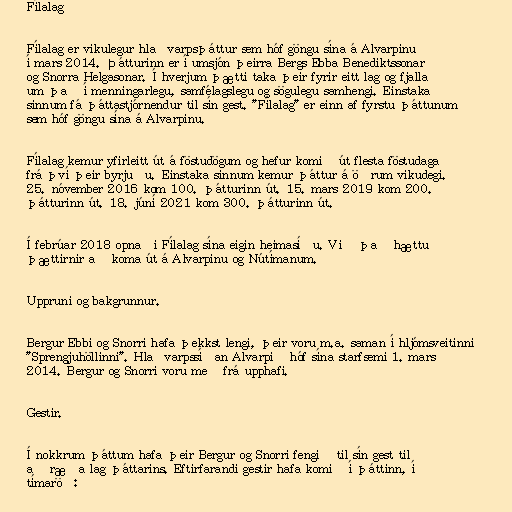
Fílalag

Fílalag er vikulegur hlaðvarpsþáttur sem hóf göngu sína á Alvarpinu
í mars 2014. Þátturinn er í umsjón þeirra Bergs Ebba Benediktssonar
og Snorra Helgasonar. Í hverjum þætti taka þeir fyrir eitt lag og fjalla
um það í menningarlegu, samfélagslegu og sögulegu samhengi. Einstaka
sinnum fá þáttastjórnendur til sín gest. "Fílalag" er einn af fyrstu þáttunum
sem hóf göngu sína á Alvarpinu.

Fílalag kemur yfirleitt út á föstudögum og hefur komið út flesta föstudaga
frá því þeir byrjuðu. Einstaka sinnum kemur þáttur á öðrum vikudegi.
25. nóvember 2016 kom 100. þátturinn út. 15. mars 2019 kom 200.
þátturinn út. 18. júní 2021 kom 300. þátturinn út.

Í febrúar 2018 opnaði Fílalag sína eigin heimasíðu. Við það hættu
þættirnir að koma út á Alvarpinu og Nútímanum.

Uppruni og bakgrunnur.

Bergur Ebbi og Snorri hafa þekkst lengi, þeir voru m.a. saman í hljómsveitinni
"Sprengjuhöllinni". Hlaðvarpssíðan Alvarpið hóf sína starfsemi 1. mars
2014. Bergur og Snorri voru með frá upphafi.

Gestir.

Í nokkrum þáttum hafa þeir Bergur og Snorri fengið til sín gest til
að ræða lag þáttarins. Eftirfarandi gestir hafa komið í þáttinn, í
tímaröð: